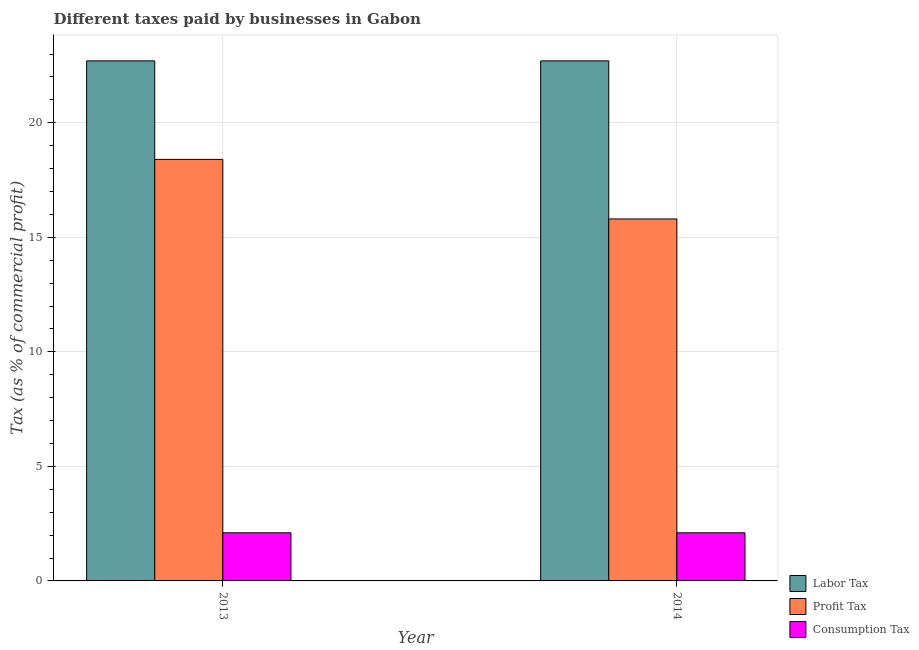
| Year | Labor Tax | Profit Tax | Consumption Tax |
 | --- | --- | --- | --- |
 | 2013 | 22.7 | 18.4 | 2.1 |
 | 2014 | 22.7 | 15.8 | 2.1 |